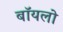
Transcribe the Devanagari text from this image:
बॉयलो